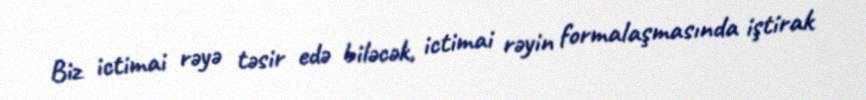
Biz ictimai rəyə təsir edə biləcək, ictimai rəyin formalaşmasında iştirak